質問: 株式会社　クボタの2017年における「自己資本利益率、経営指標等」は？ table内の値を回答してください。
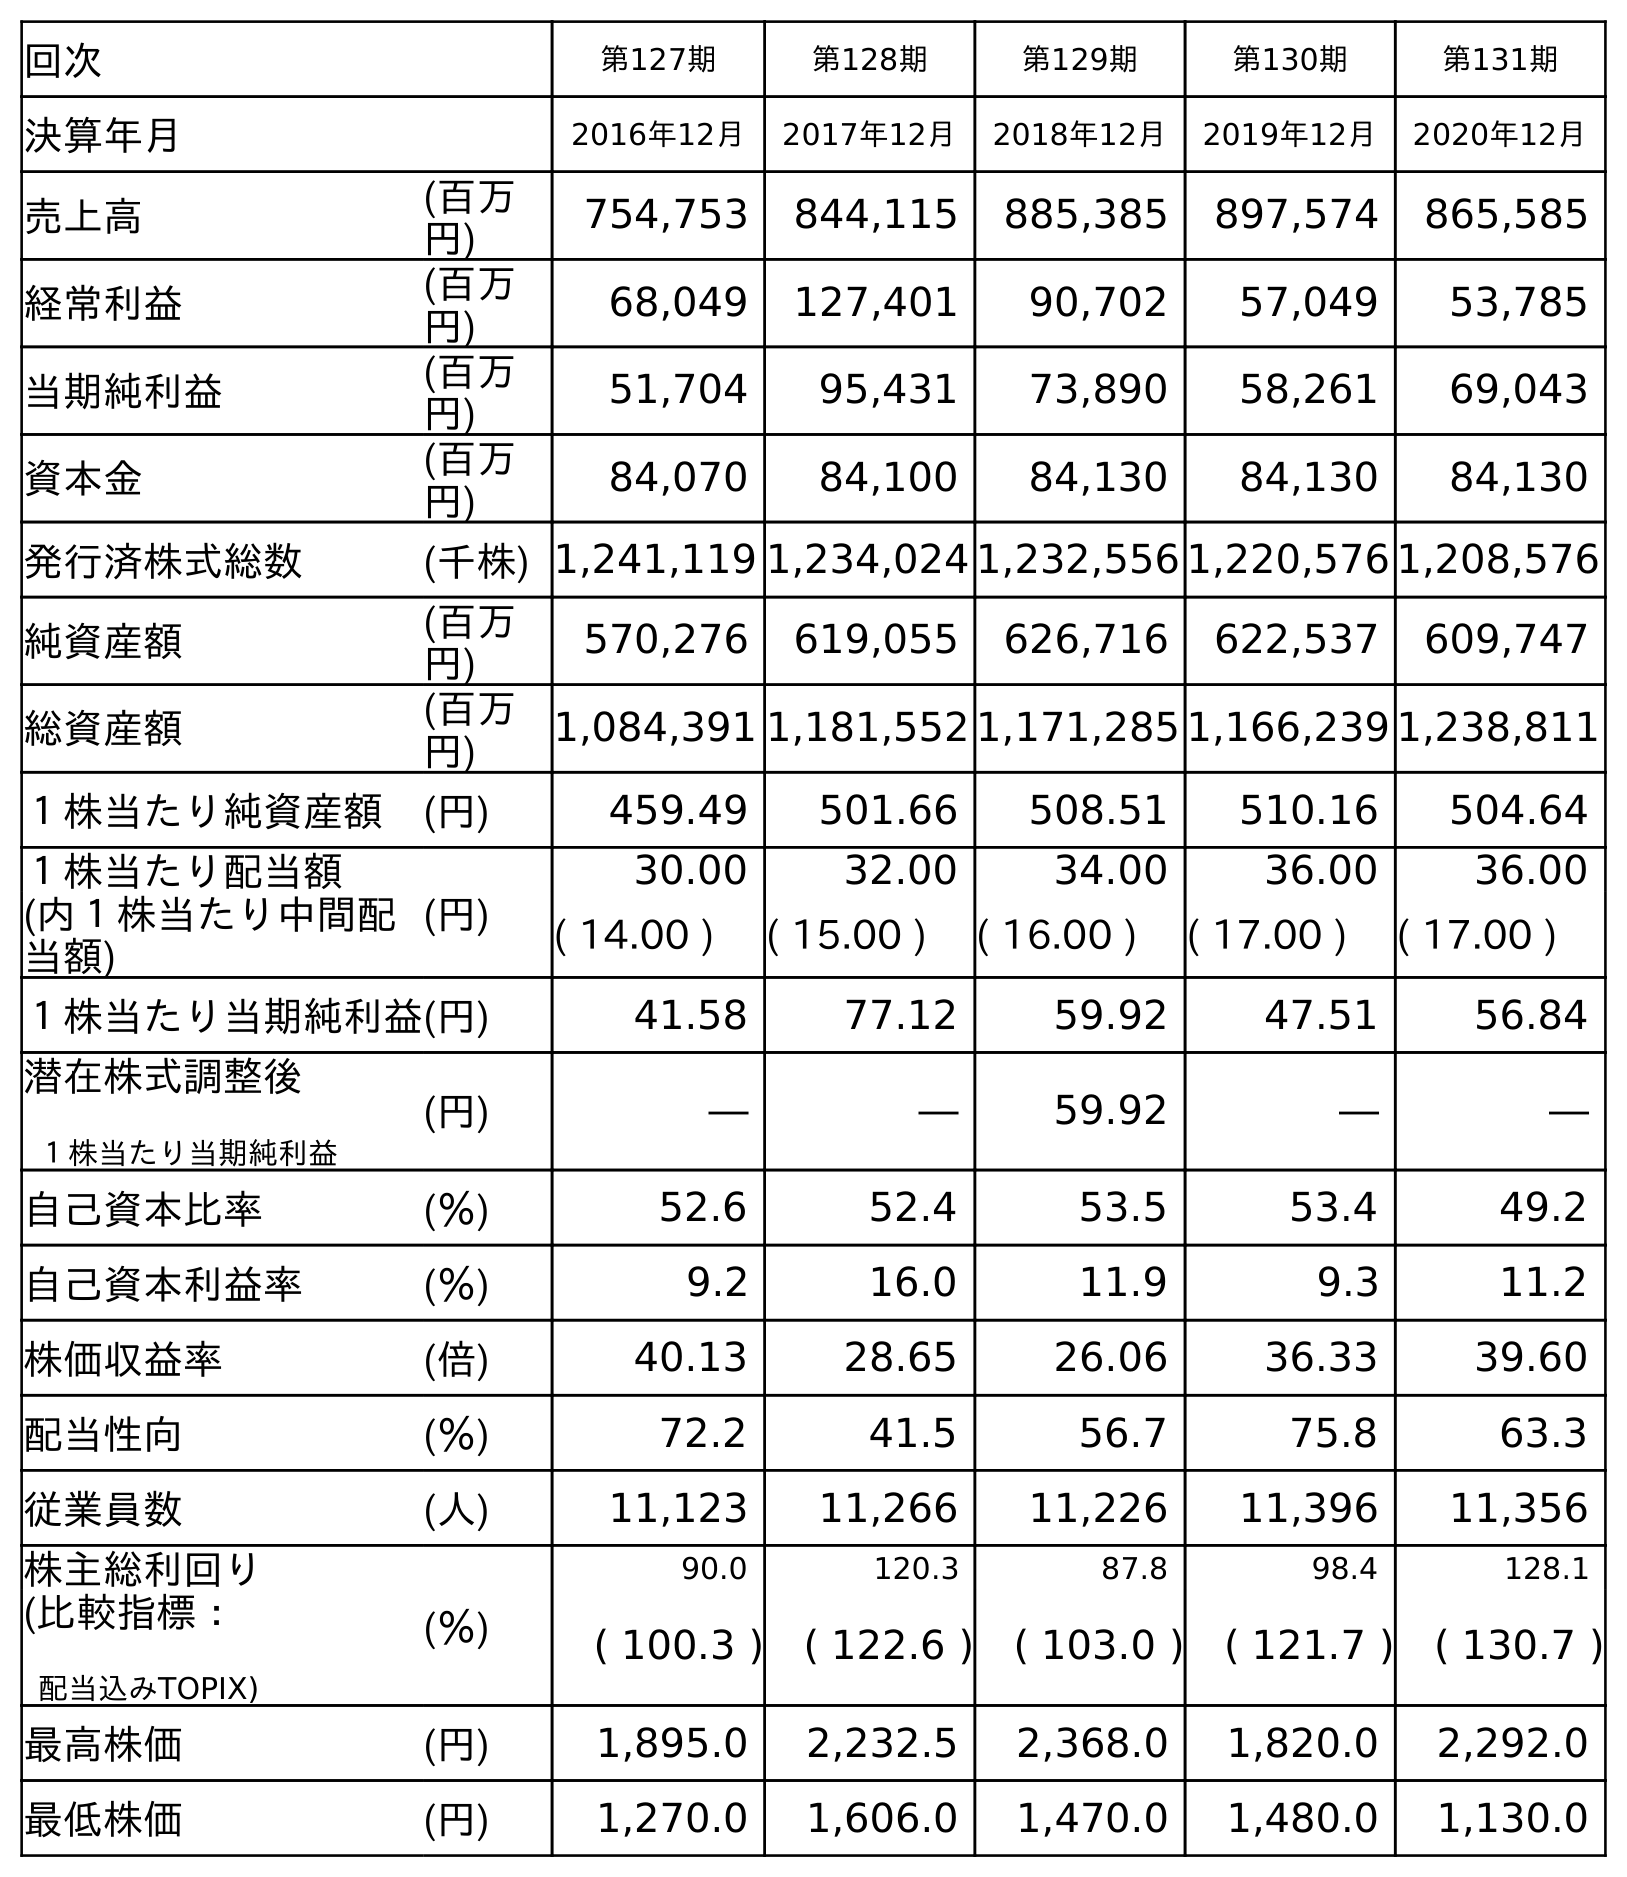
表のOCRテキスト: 回次 第127期 第128期 第129期 第130期 第131期 決算年月 2016年12月 2017年12月 2018年12月 2019年12月 2020年12月 売上高 (百万 円) 754,753 844,115 885,385 897,574 865,585 経常利益 (百万 円) 68,049 127,401 90,702 57,049 53,785 当期純利益 (百万 円) 51,704 95,431 73,890 58,261 69,043 資本金 (百万 円) 84,070 84,100 84,130 84,130 84,130 発行済株式総数 (千株) 1,241,119 1,234,024 1,232,556 1,220,576 1,208,576 純資産額 (百万 円) 570,276 619,055 626,716 622,537 609,747 総資産額 (百万 円) 1,084,391 1,181,552 1,171,285 1,166,239 1,238,811 １株当たり純資産額 (円) 459.49 501.66 508.51 510.16 504.64 １株当たり配当額 (円) 30.00 32.00 34.00 36.00 36.00 (内１株当たり中間配 当額) ( 14.00 ) ( 15.00 ) ( 16.00 ) ( 17.00 ) ( 17.00 ) １株当たり当期純利益(円) 41.58 77.12 59.92 47.51 56.84 潜在株式調整後 １株当たり当期純利益 (円) ― ― 59.92 ― ― 自己資本比率 (％) 52.6 52.4 53.5 53.4 49.2 自己資本利益率 (％) 9.2 16.0 11.9 9.3 11.2 株価収益率 (倍) 40.13 28.65 26.06 36.33 39.60 配当性向 (％) 72.2 41.5 56.7 75.8 63.3 従業員数 (人) 11,123 11,266 11,226 11,396 11,356 株主総利回り (％) 90.0 120.3 87.8 98.4 128.1 (比較指標： 配当込みTOPIX) ( 100.3 ) ( 122.6 ) ( 103.0 ) ( 121.7 ) ( 130.7 ) 最高株価 (円) 1,895.0 2,232.5 2,368.0 1,820.0 2,292.0 最低株価 (円) 1,270.0 1,606.0 1,470.0 1,480.0 1,130.0
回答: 16.0